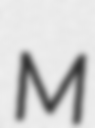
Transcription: M